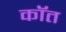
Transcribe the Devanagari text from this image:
कॉत